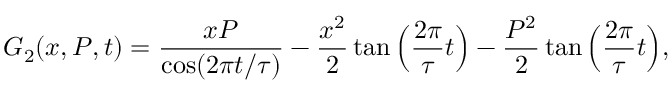
G _ { 2 } ( x , P , t ) = \frac { x P } { \cos ( 2 \pi t / \tau ) } - \frac { x ^ { 2 } } { 2 } \tan \Big ( \frac { 2 \pi } { \tau } t \Big ) - \frac { P ^ { 2 } } { 2 } \tan \Big ( \frac { 2 \pi } { \tau } t \Big ) ,